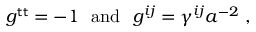
g ^ { \sf t t } = - 1 ~ ~ \mathrm { a n d } ~ ~ g ^ { i j } = \gamma ^ { i j } a ^ { - 2 } \; ,